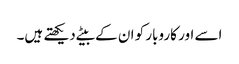
اسے اور کاروبار کو ان کے بیٹے دیکھتے ہیں۔